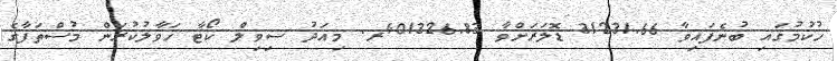
ހުކުމުގައި ބުނެފައިވާ 31231.66 ޑޮލަރަށްވާ 401326.83ރ. މިއަދު ސިވިލް ކޯޓާ ހަވާލުކުރަން މުސްތަފާގެ